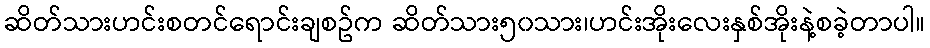
ဆိတ်သားဟင်းစတင်ရောင်းချစဥ်က ဆိတ်သား၅၀သား၊ဟင်းအိုးလေးနှစ်အိုးနဲ့စခဲ့တာပါ။